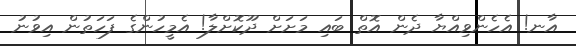
އާނ! އެެހެންވިއްޔާ ދެން އޮތް ބައި މަށަށް ދޫކޮށްލާ! އެމީހުންގެ ފަހަތުން އިވުނު